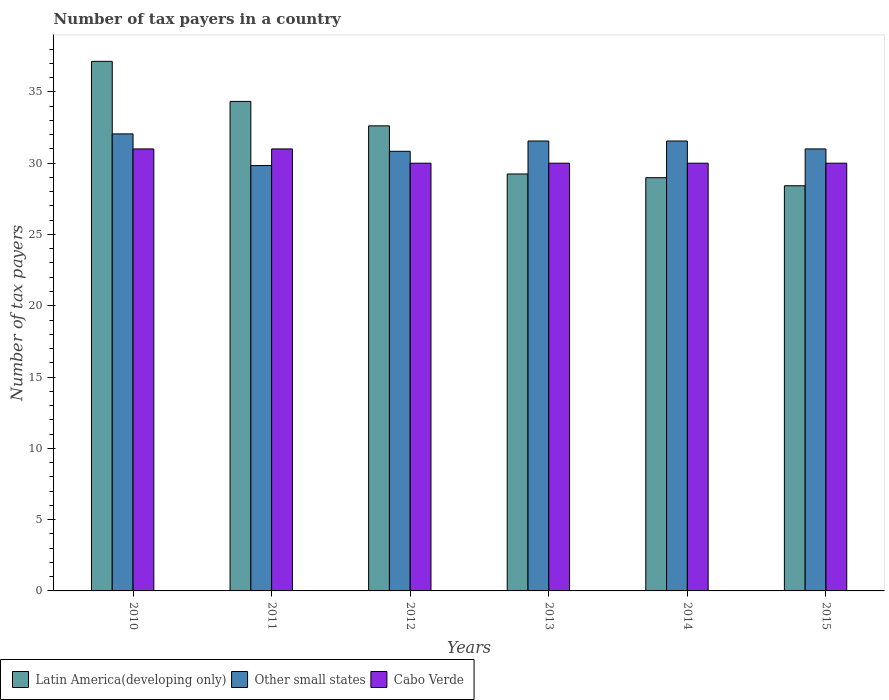
| Years | Latin America(developing only) | Other small states | Cabo Verde |
 | --- | --- | --- | --- |
 | 2010 | 37.1 | 32.1 | 31 |
 | 2011 | 34.3 | 29.8 | 31 |
 | 2012 | 32.6 | 30.8 | 30 |
 | 2013 | 29.2 | 31.6 | 30 |
 | 2014 | 29 | 31.6 | 30 |
 | 2015 | 28.4 | 31 | 30 |